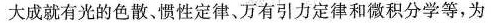
大成就有光的色散、惯性定律、万有引力定律和微积分学等，为